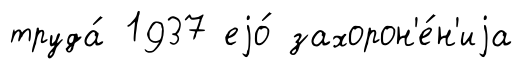
труда́ 1937 еjо́ захорон'е́н'иjа